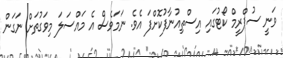
ވަނީ ސުޕްރީމް ކޯޓުގައި އިސްތިއުނާފުކޮށްފަ އެވެ. ނަމަވެސް އެ މައްސަލަ މިވަގުތަށް ނަގަން